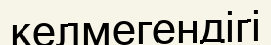
келмегендігі